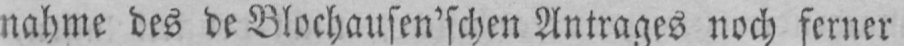
nahme des de Blochausen’schen Antrages noch ferner